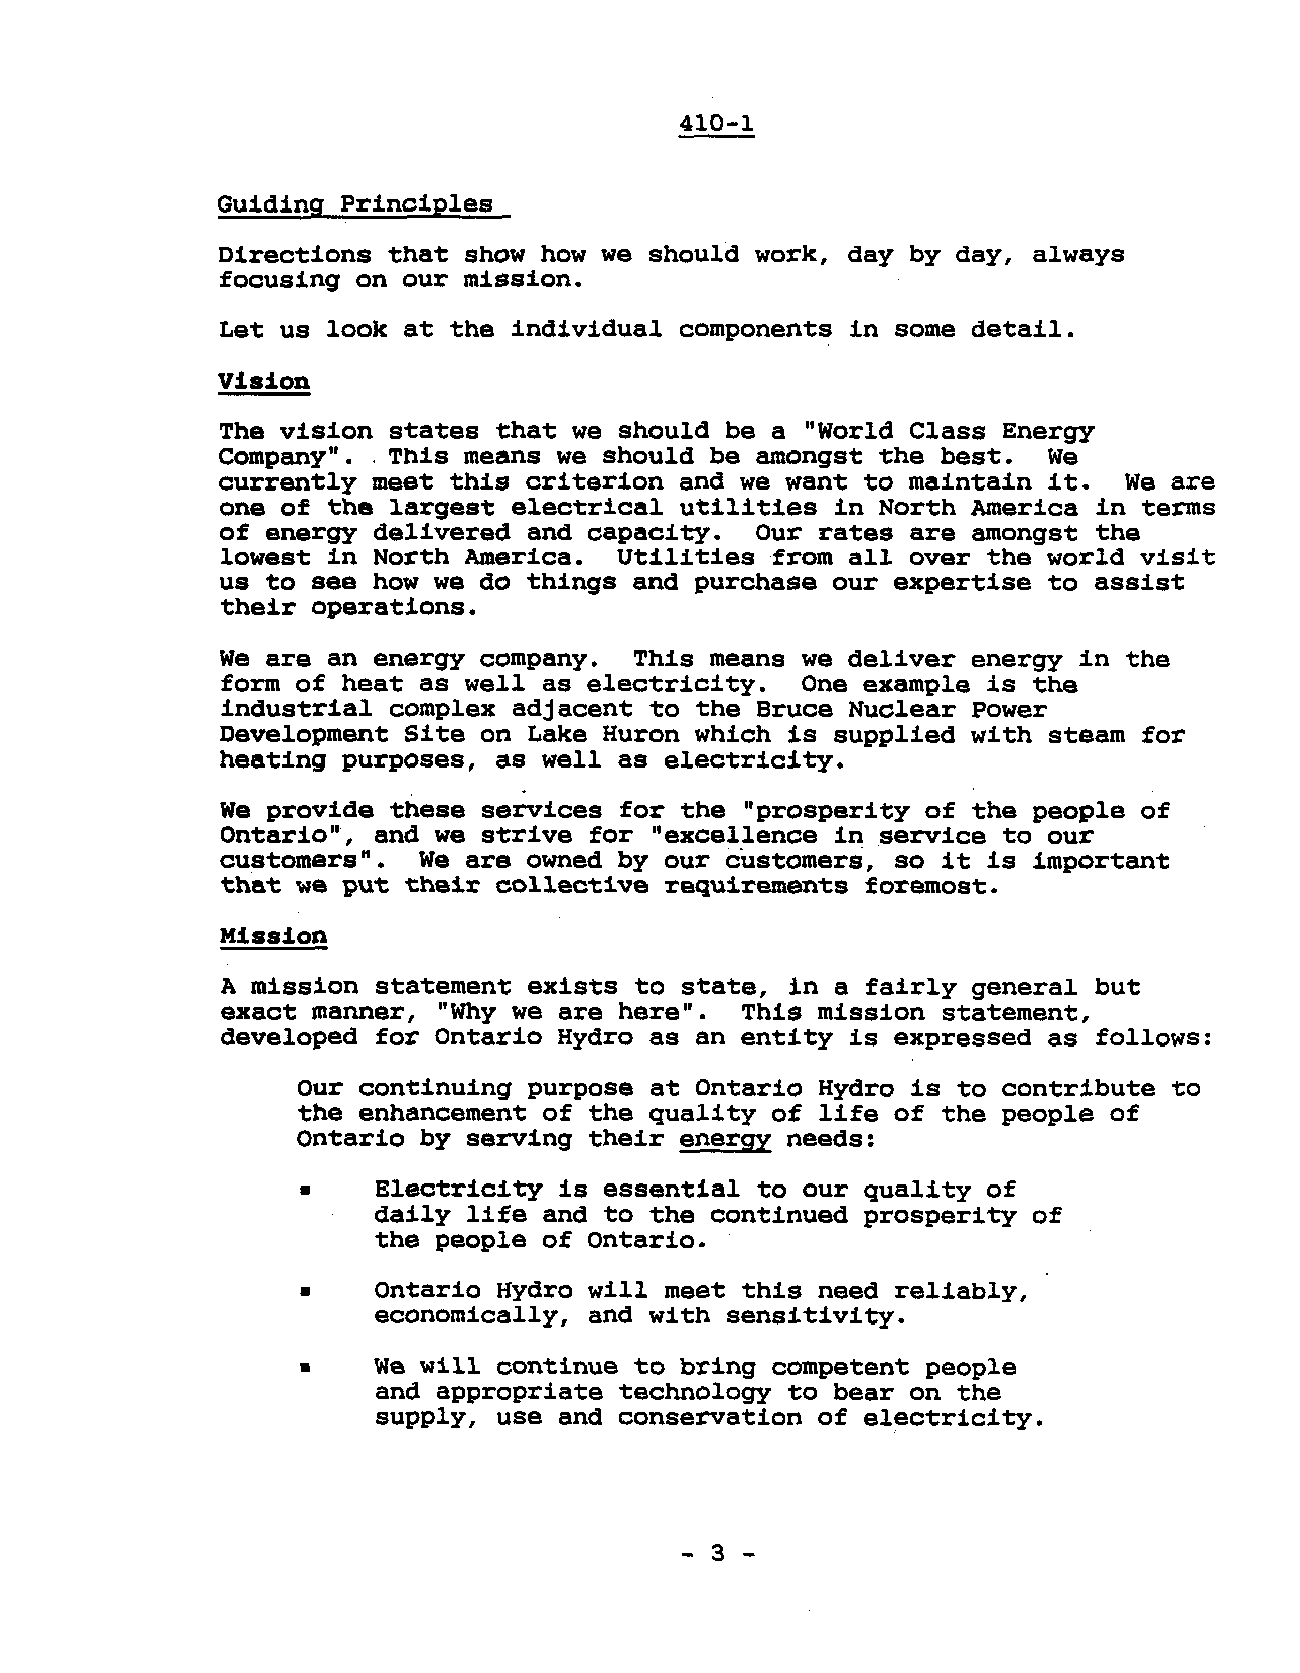
410-1
 Guiding  Principles
 Directions  that show how we should work, day by day, always
 focusing on our mission.
 Let us look at the individual components in some detail.
 Vision
 The vision states that we should be a "World Class Energy
 COmpany".   This means we should be amongst the best.  We
 currently  meet this criterion and we want to maintain it.  We are
 one of the largest electrical utilities in North America in  terms
 of energy delivered and capacity.  Our rates are amongst  the
 lowest in North America.  Utilities from allover  the world visit
 us to see how we do things and purchase our expertise to assist
 their operations.
 We are an energy company.  This means we deliver energy in  the
 form of heat as well as electricity.  One example is the
 industrial complex adjacent to the Bruce Nuclear Power
 Development Site on Lake Huron which is supplied with steam  for
 heating purposes, as well as electricity.
 We provide these services for the "prosperity of the people of
 Ontario", and we strive for "excellence in service to our
 customers".  We are owned by our customers, so it is important
 that we put their collective requirements foremost.
 Mission
 A mission statement exists to state, in a fairly general but
 exact manner, "Why we are here".  This mission statement,
 developed for Ontario Hydro as an entity 1s expressed as follows:
 Our continuing purpose at Ontario Hydro is to contribute  to
 the enhancement of the quality of life of the people of
 Ontario by serving their energy needs:
 •    Electricity is essential to our quality of
 daily life and to the continued prosperity of
 the people of ontario.
 •    Ontario Hydro will meet this need reliably,
 economically, and with sensitiVity.
 •    We will continue to bring competent people
 and appropriate technology to bear on the
 supply, use and conservation of electricity.
 - 3 -